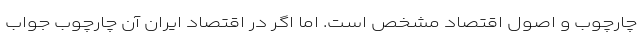
چارچوب و اصول اقتصاد مشخص است. اما اگر در اقتصاد ایران آن چارچوب جواب